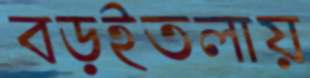
বড়ইতলায়